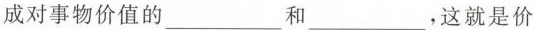
成对事物价值的___和___，这就是价